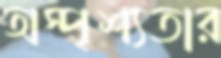
অস্পৃশ্যতার